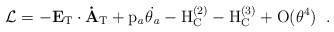
\begin{align*}{\cal L}=-\bf E_{\rm T}\cdot \dot{A}_{\rm T}\rm + p_{\it a}\dot{\theta_{\it a}} - H_{C}^{(2)}-H_{C}^{(3)}+O(\theta^4)\; \; .\vspace{1em}\end{align*}